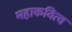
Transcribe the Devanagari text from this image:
महाकवित्व